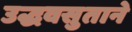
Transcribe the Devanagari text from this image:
उद्धवसुताने